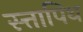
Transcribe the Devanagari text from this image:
स्त्तापिथ